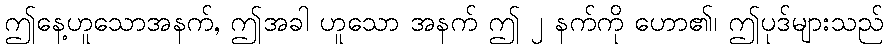
ဤနေ့ဟူသောအနက်, ဤအခါ ဟူသော အနက် ဤ ၂ နက်ကို ဟော၏၊ ဤပုဒ်များသည်